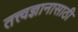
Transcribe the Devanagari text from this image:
तत्त्वज्ञानासाठी